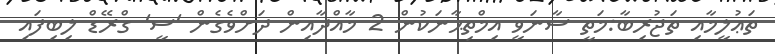
ތަޢުލީމާއި ތަޖުރިބާ:މަތީ ސާނަވީ އިމްތިޙާނަކުން 2 މާއްދާއިން ދަށްވެގެން 'ސީ' ގްރޭޑް ލިބިފައި